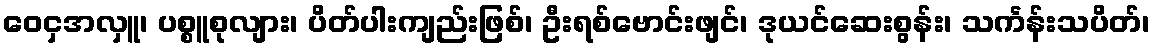
ဝေငှအလှူ၊ ပစ္စူစုလျား၊ ပိတ်ပါးကျည်းဖြစ်၊ ဦးရစ်ဗောင်းဖျင်၊ ဒုယင်ဆေးစွန်း၊ သင်္ကန်းသပိတ်၊